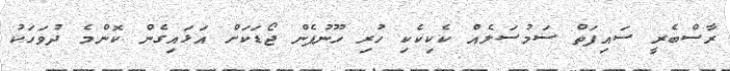
ރާސްބެރީ ސައިފަތް ސަމުސަލެއް ކެކިކެކި ހުރި ހޫނުފެން ޖޯޑަކަށް އަޅައިގެން ކޮންމެ ދުވަހަކު